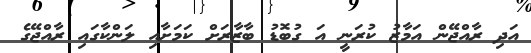
އަދި ރާއްޖޭން އަމާޒު ކުރަނީ އަ ގުބޮޑު ބާޒާރަށް ކަމަށާއި ލަންކާގައި ރާއްޖޭގެ